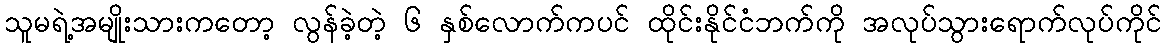
သူမရဲ့အမျိုးသားကတော့ လွန်ခဲ့တဲ့ ၆ နှစ်လောက်ကပင် ထိုင်းနိုင်ငံဘက်ကို အလုပ်သွားရောက်လုပ်ကိုင်